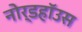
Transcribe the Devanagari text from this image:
नोर्डहॉउस